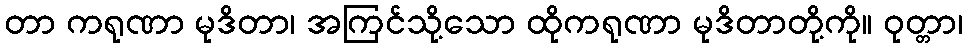
တာ ကရုဏာ မုဒိတာ၊ အကြင်သို့သော ထိုကရုဏာ မုဒိတာတို့ကို။ ဝုတ္တာ၊